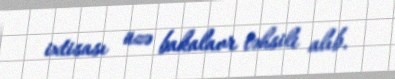
ixtisası üzə bakalavr təhsili alıb.